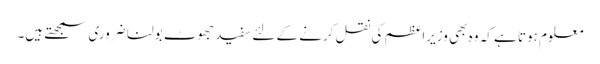
معلوم ہوتا ہے کہ وہ بھی وزیراعظم کی نقل کرنے کے لئے سفید جھوٹ بولنا ضروری سمجھتے ہیں۔